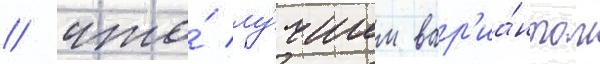
/ что́ лу́чшим вар'иа́нтом